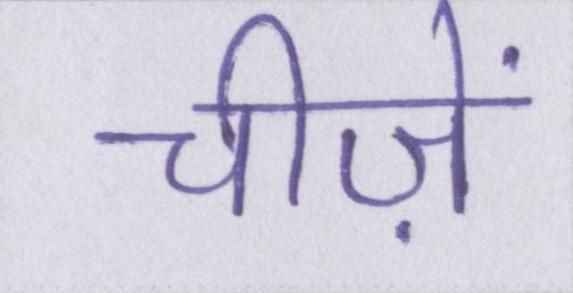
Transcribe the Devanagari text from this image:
चीज़ें